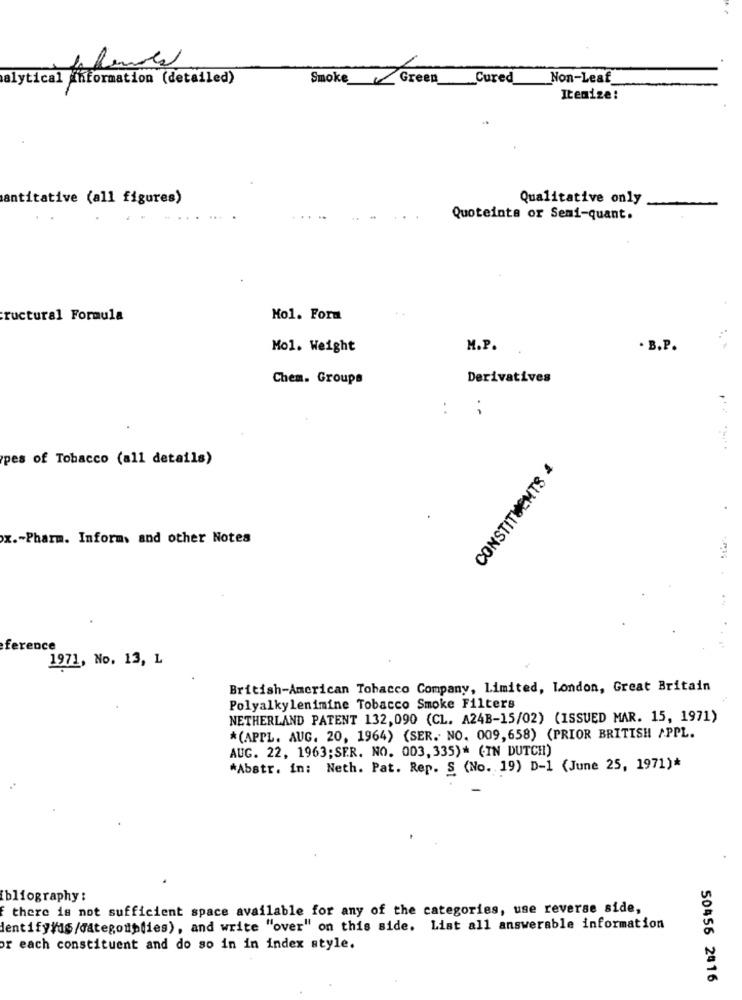
alytical information (detailed)
SmokeGreen
Cured
Non-Leaf
Itemize:
antitative (all figures)
Qualitative only
Quoteinte or Semi-quant.
ructural Formula
Mol. Form
Mol. Weight
M.P.
. B.P.
Chem. Groups
Derivatives
:
;
pes of Tobacco (all details)
CONSTITUENTS 4
x .- Pharm. Inform. and other Notes
ference
1971, No. 13, L
British-American Tobacco Company, Limited, London, Great Britain
Polyalkylenimine Tobacco Smoke Filters
NETHERLAND PATENT 132,090 (CL. A24B-15/02) (ISSUED MAR. 15, 1971)
*(APPL. AUG. 20, 1964) (SER. NO. 009, 658) (PRIOR BRITISH APPL.
AUG. 22, 1963; SER. NO. 003, 335)* (IN DUTCH)
*Abstr. in: Neth. Pat. Rep. S (No. 19) D-1 (June 25, 1971)*
bliography :
f there is not sufficient space available for any of the categories, use reverse side,
dentify/us/dategouplies), and write "over" on this side. List all answerable information
or each constituent and do so in in index style.
50456 2#16